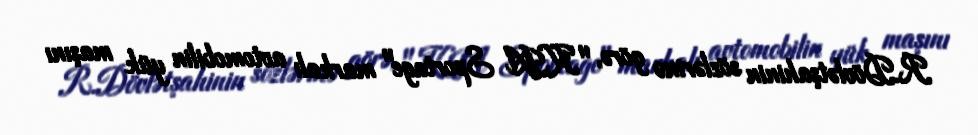
R.Dövlətşahinin sözlərinə görə, "KIA Sportage" markalı avtomobilin yük maşını